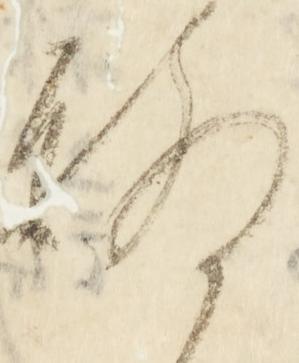
聊